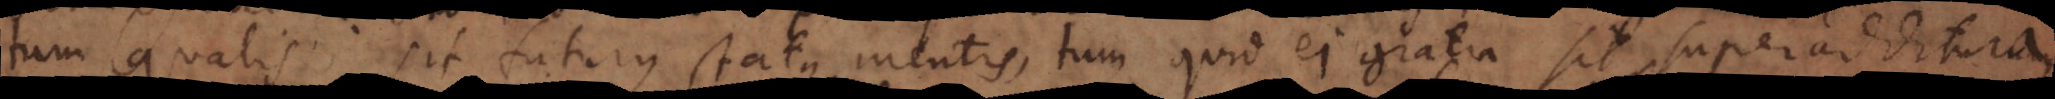
tum qualis sit futurus status mentis, tum quid ei gratia sit superadditura,